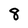
Character: 8